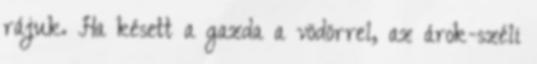
rájuk. Ha késett a gazda a vödörrel, az árok-széli